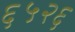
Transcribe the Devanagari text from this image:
६५२६